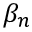
\beta _ { n }